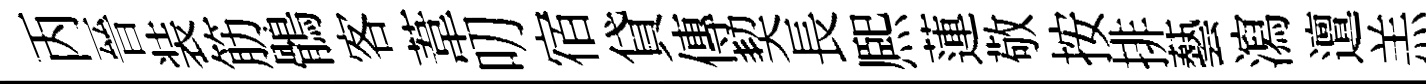
丙晉装筋鶻客葦叨宿貸傳契長熈蓮敬按排藝瀉邅羔